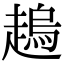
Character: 𧽋